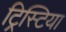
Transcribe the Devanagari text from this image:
ट्रिस्टिया